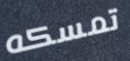
تمسكه